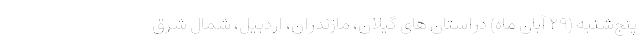
پنج‌شنبه (۲۹ آبان ماه) دراستان های گیلان، مازندران، اردبیل، شمال شرق